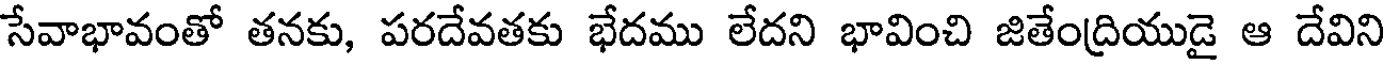
సేవాభావంతో తనకు, పరదేవతకు భేదము లేదని భావించి జితేంద్రియుడై ఆ దేవిని